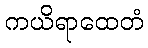
ကယိရာထေတံ